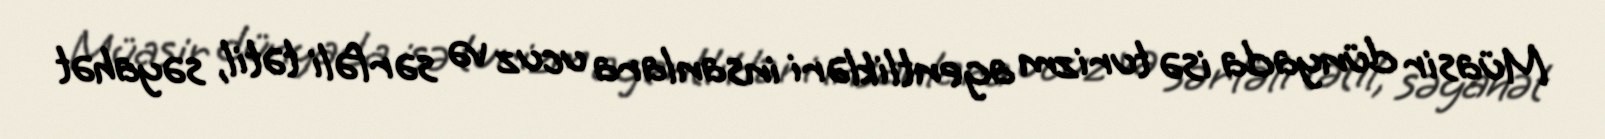
Müasir dünyada isə turizm agentlikləri insanlara ucuz və sərfəli tətil, səyahət